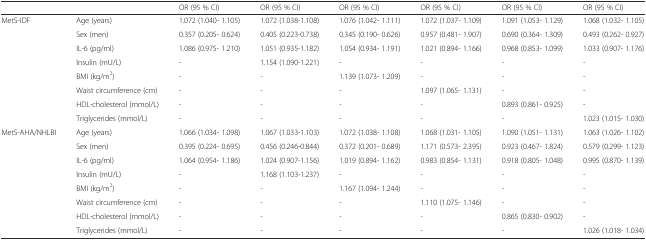
<table><thead><tr><td></td><td></td><td><b>OR (95 % CI)</b></td><td><b>OR (95 % CI)</b></td><td><b>OR (95 % CI)</b></td><td><b>OR (95 % CI)</b></td><td><b>OR (95 % CI)</b></td><td><b>OR (95 % CI)</b></td></tr></thead><tbody><tr><td rowspan="8">MetS-IDF</td><td>Age (years)</td><td>1.072 (1.040- 1.105)</td><td>1.072 (1.038-1.108)</td><td>1.076 (1.042- 1.111)</td><td>1.072 (1.037- 1.109)</td><td>1.091 (1.053- 1.129)</td><td>1.068 (1.032- 1.105)</td></tr><tr><td>Sex (men)</td><td>0.357 (0.205- 0.624)</td><td>0.405 (0.223-0.738)</td><td>0.345 (0.190- 0.626)</td><td>0.957 (0.481- 1.907)</td><td>0.690 (0.364- 1.309)</td><td>0.493 (0.262- 0.927)</td></tr><tr><td>IL-6 (pg/ml)</td><td>1.086 (0.975- 1.210)</td><td>1.051 (0.935-1.182)</td><td>1.054 (0.934- 1.191)</td><td>1.021 (0.894- 1.166)</td><td>0.968 (0.853- 1.099)</td><td>1.033 (0.907- 1.176)</td></tr><tr><td>Insulin (mU/L)</td><td>-</td><td>1.154 (1.090-1.221)</td><td>-</td><td>-</td><td>-</td><td>-</td></tr><tr><td>BMI (kg/m<sup>2</sup>)</td><td>-</td><td>-</td><td>1.139 (1.073- 1.209)</td><td>-</td><td>-</td><td>-</td></tr><tr><td>Waist circumference (cm)</td><td>-</td><td>-</td><td>-</td><td>1.097 (1.065- 1.131)</td><td>-</td><td>-</td></tr><tr><td>HDL-cholesterol (mmol/L)</td><td>-</td><td>-</td><td>-</td><td>-</td><td>0.893 (0.861- 0.925)</td><td>-</td></tr><tr><td>Triglycerides (mmol/L)</td><td>-</td><td>-</td><td>-</td><td>-</td><td>-</td><td>1.023 (1.015- 1.030)</td></tr><tr><td rowspan="8">MetS-AHA/NHLBI</td><td>Age (years)</td><td>1.066 (1.034- 1.098)</td><td>1.067 (1.033-1.103)</td><td>1.072 (1.038- 1.108)</td><td>1.068 (1.031- 1.105)</td><td>1.090 (1.051- 1.131)</td><td>1.063 (1.026- 1.102)</td></tr><tr><td>Sex (men)</td><td>0.395 (0.224- 0.695)</td><td>0.456 (0.246-0.844)</td><td>0.372 (0.201- 0.689)</td><td>1.171 (0.573- 2.395)</td><td>0.923 (0.467- 1.824)</td><td>0.579 (0.299- 1.123)</td></tr><tr><td>IL-6 (pg/ml)</td><td>1.064 (0.954- 1.186)</td><td>1.024 (0.907-1.156)</td><td>1.019 (0.894- 1.162)</td><td>0.983 (0.854- 1.131)</td><td>0.918 (0.805- 1.048)</td><td>0.995 (0.870- 1.139)</td></tr><tr><td>Insulin (mU/L)</td><td>-</td><td>1.168 (1.103-1.237)</td><td>-</td><td>-</td><td>-</td><td>-</td></tr><tr><td>BMI (kg/m<sup>2</sup>)</td><td>-</td><td>-</td><td>1.167 (1.094- 1.244)</td><td>-</td><td>-</td><td>-</td></tr><tr><td>Waist circumference (cm)</td><td>-</td><td>-</td><td>-</td><td>1.110 (1.075- 1.146)</td><td>-</td><td>-</td></tr><tr><td>HDL-cholesterol (mmol/L)</td><td>-</td><td>-</td><td>-</td><td>-</td><td>0.865 (0.830- 0.902)</td><td>-</td></tr><tr><td>Triglycerides (mmol/L)</td><td>-</td><td>-</td><td>-</td><td>-</td><td>-</td><td>1.026 (1.018- 1.034)</td></tr></tbody></table>